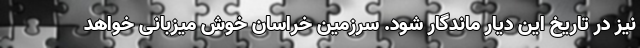
نیز در تاریخ این دیار ماندگار شود. سرزمین خراسان خوش میزبانی خواهد